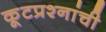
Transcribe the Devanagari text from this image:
कूटप्रश्नांची